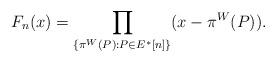
LaTeX: \begin{align*}F_{n}(x)=\prod_{\{\pi^{W}(P):P\in E^{*}[n]\}}(x-\pi^{W}(P)).\end{align*}